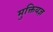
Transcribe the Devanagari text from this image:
मुक्तियज्ञ